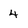
Character: 4